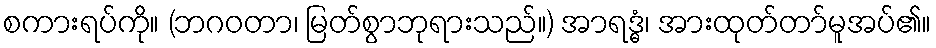
စကားရပ်ကို။ (ဘဂဝတာ၊ မြတ်စွာဘုရားသည်။) အာရဒ္ဓံ၊ အားထုတ်တာ်မူအပ်၏။